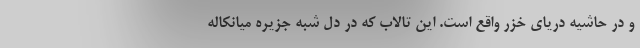
و در حاشیه دریای خزر واقع است. این تالاب که در دل شبه جزیره میانکاله